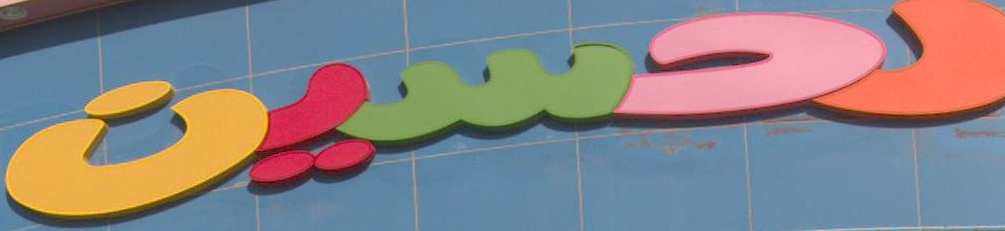
احسين